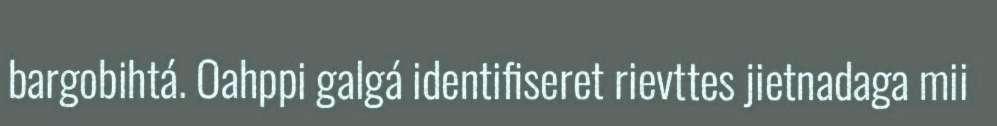
bargobihtá. Oahppi galgá identifiseret rievttes jietnadaga mii